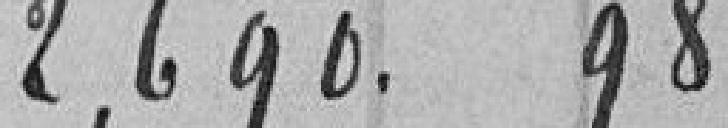
2690.98